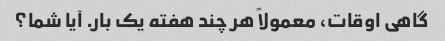
گاهی اوقات، معمولاً هر چند هفته یک بار. آیا شما؟